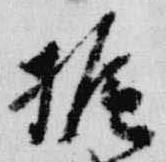
梶